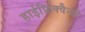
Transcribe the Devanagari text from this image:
हाईफ्रिक्वैन्सी